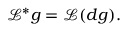
{ \mathcal { L } } ^ { * } g = { \mathcal { L } } ( d g ) .